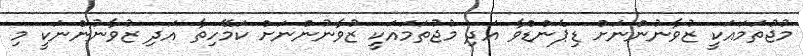
މުޖުތަމައަކީ ޒުވާނުންނަށް ޑިޕެންޑްވާ އަދި މުޖުތަމައަކީ ޒުވާނުންނަށް ކަމޭހިތާ އަދި ޒުވާނުންނަކީ މި